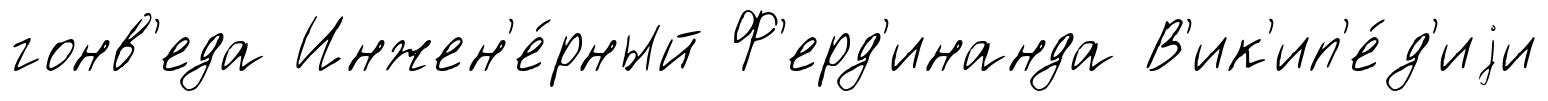
гонв'еда Инжен'е́рный Ф'ерд'инанда В'ик'ип'е́д'иjи